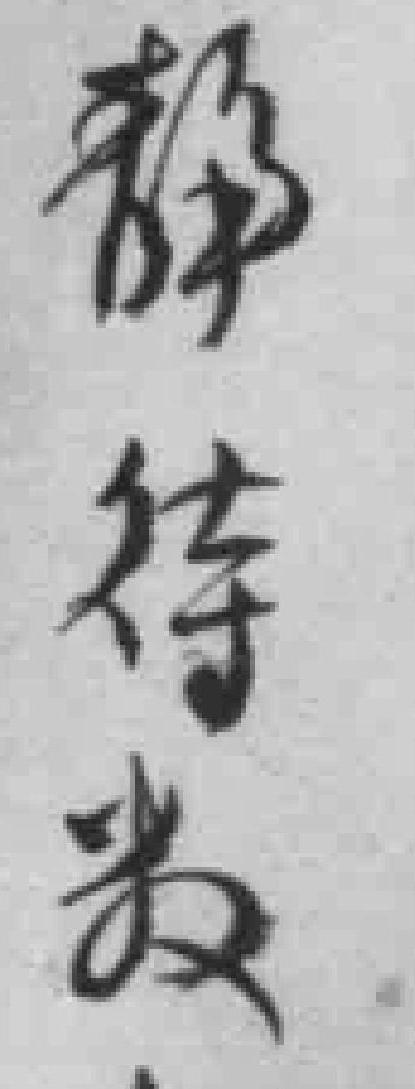
静待数